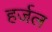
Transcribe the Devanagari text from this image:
हर्जल